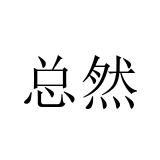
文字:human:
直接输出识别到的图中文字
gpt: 总然